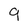
Character: 9